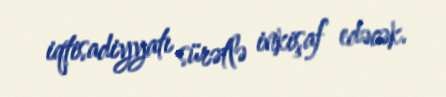
iqtisadiyyatı sürətlə inkişaf edəcək.